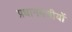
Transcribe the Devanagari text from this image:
प्रधानमंत्रीयों